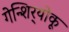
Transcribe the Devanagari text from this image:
गेन्शिर्‍योकू